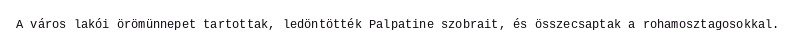
A város lakói örömünnepet tartottak, ledöntötték Palpatine szobrait, és összecsaptak a rohamosztagosokkal.